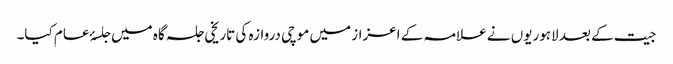
جیت کے بعد لاہوریوں نے علامہ کے اعزاز میں موچی دروازہ کی تاریخی جلسہ گاہ میں جلسۂ عام کیا۔